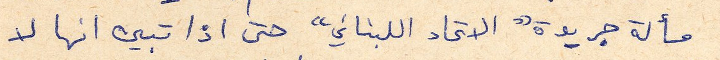
مسألة جريدة " الاتحاد اللبناني" حتى اذا تبين انها لا